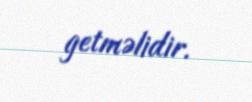
getməlidir.